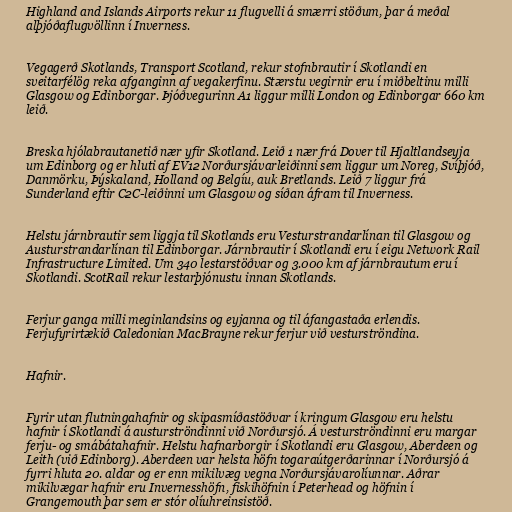
Highland and Islands Airports rekur 11 flugvelli á smærri stöðum, þar á meðal
alþjóðaflugvöllinn í Inverness.

Vegagerð Skotlands, Transport Scotland, rekur stofnbrautir í Skotlandi en
sveitarfélög reka afganginn af vegakerfinu. Stærstu vegirnir eru í miðbeltinu milli
Glasgow og Edinborgar. Þjóðvegurinn A1 liggur milli London og Edinborgar 660 km
leið.

Breska hjólabrautanetið nær yfir Skotland. Leið 1 nær frá Dover til Hjaltlandseyja
um Edinborg og er hluti af EV12 Norðursjávarleiðinni sem liggur um Noreg, Svíþjóð,
Danmörku, Þýskaland, Holland og Belgíu, auk Bretlands. Leið 7 liggur frá
Sunderland eftir C2C-leiðinni um Glasgow og síðan áfram til Inverness.

Helstu járnbrautir sem liggja til Skotlands eru Vesturstrandarlínan til Glasgow og
Austurstrandarlínan til Edinborgar. Járnbrautir í Skotlandi eru í eigu Network Rail
Infrastructure Limited. Um 340 lestarstöðvar og 3.000 km af járnbrautum eru í
Skotlandi. ScotRail rekur lestarþjónustu innan Skotlands.

Ferjur ganga milli meginlandsins og eyjanna og til áfangastaða erlendis.
Ferjufyrirtækið Caledonian MacBrayne rekur ferjur við vesturströndina.

Hafnir.

Fyrir utan flutningahafnir og skipasmíðastöðvar í kringum Glasgow eru helstu
hafnir í Skotlandi á austurströndinni við Norðursjó. Á vesturströndinni eru margar
ferju- og smábátahafnir. Helstu hafnarborgir í Skotlandi eru Glasgow, Aberdeen og
Leith (við Edinborg). Aberdeen var helsta höfn togaraútgerðarinnar í Norðursjó á
fyrri hluta 20. aldar og er enn mikilvæg vegna Norðursjávarolíunnar. Aðrar
mikilvægar hafnir eru Invernesshöfn, fiskihöfnin í Peterhead og höfnin í
Grangemouth þar sem er stór olíuhreinsistöð.